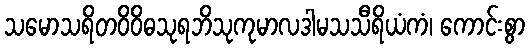
သမောသရိတဝိဝိဓသုရဘိသုကုမာလဒါမသသီရိယံကံ၊ ကောင်းစွာ